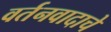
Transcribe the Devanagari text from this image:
वर्तनवादाचे